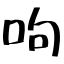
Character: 呴